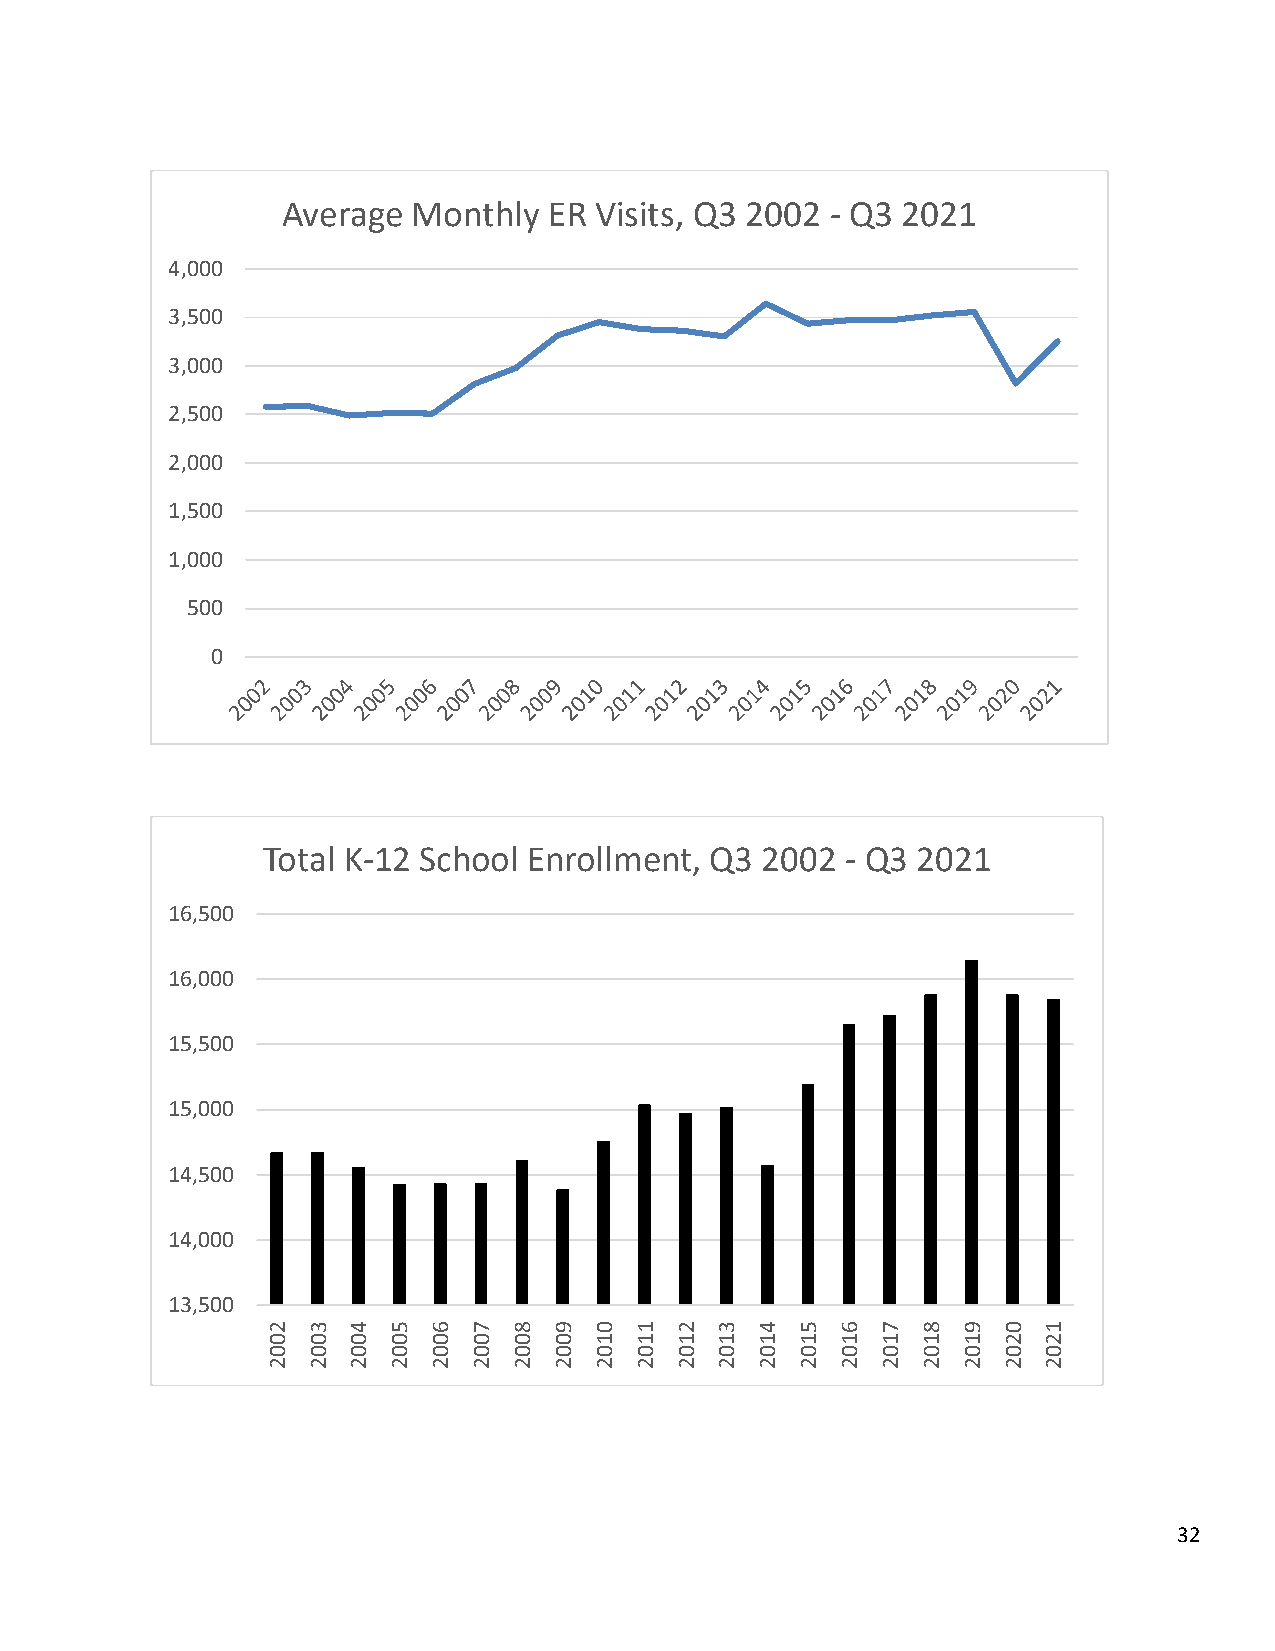
Average Monthly  ER Visits, Q3 2002 - Q3 2021
 4,000
 3,500
 3,000
 2,500
 2,000
 1,500
 1,000
 500
 0
 Total K-12 School Enrollment, Q3 2002  - Q3 2021
 16,500
 16,000
 15,500
 15,000
 14,500
 14,000
 13,500
 2 3  4  5 6  7  8  9 0  1  2 3  4  5  6 7  8  9 0  1
 0 0  0  0 0  0  0  0 1  1  1 1  1  1  1 1  1  1 2  2
 0 0  0  0 0  0  0  0 0  0  0 0  0  0  0 0  0  0 0  0
 2 2  2  2 2  2  2  2 2  2  2 2  2  2  2 2  2  2 2  2
 32